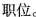
职位.